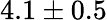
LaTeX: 4.1\pm 0.5